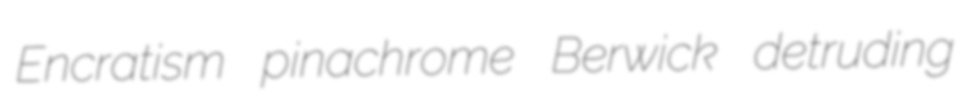
Encratism pinachrome Berwick detruding